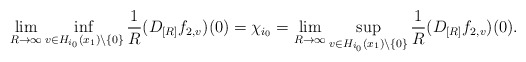
\begin{align*}\lim_{R\to\infty} \inf_{v\in H_{i_0}(x_1)\setminus \{0\}}{1\over R} (D_{[R]} f_{2,v})(0) = \chi_{i_0}= \lim_{R\to\infty} \sup_{v\in H_{i_0}(x_1)\setminus \{0\}}{1\over R} (D_{[R]} f_{2,v})(0) . \end{align*}